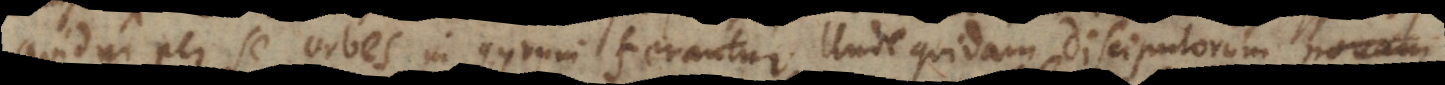
quidni per se orbes in gyrum ferantur. Unde quidam discipulorum novam